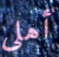
أهلي